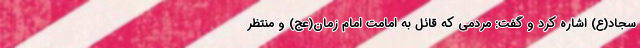
سجاد(ع) اشاره کرد و گفت: مردمی که قائل به امامت امام زمان(عج) و منتظر